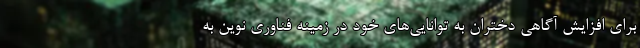
برای افزایش آگاهی دختران به توانایی‌های خود در زمینه فناوری نوین به